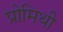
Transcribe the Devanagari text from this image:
प्रोमिथी